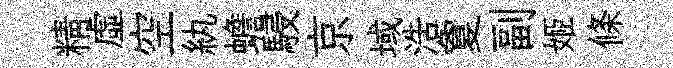
精虚空紈蟾駸京域浩夐副姬條